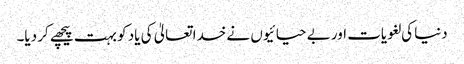
دنیا کی لغویات اور بے حیائیوں نے خدا تعالیٰ کی یاد کو بہت پیچھے کر دیا۔